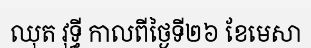
ឈុត វុទ្ធី កាលពីថ្ងៃទី២៦ ខែមេសា